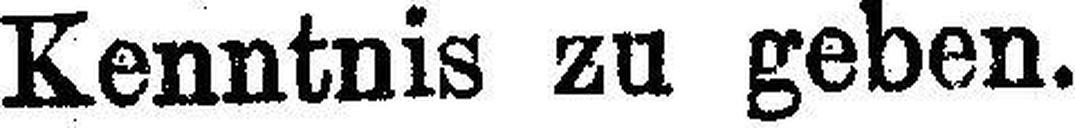
Kenntnis zu geben.